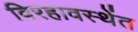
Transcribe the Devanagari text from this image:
विरहावस्थेंत